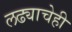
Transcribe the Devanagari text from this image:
लढ्याचेही